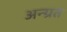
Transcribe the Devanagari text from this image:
अन्ग्रत